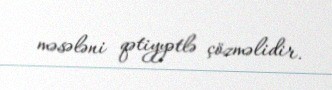
məsələni qətiyyətlə çözməlidir.